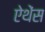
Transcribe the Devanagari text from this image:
ऐथेंस